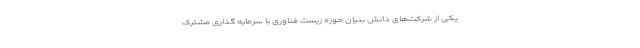
یکی از شرکت‌های دانش بنیان حوزه زیست فناوری با سرمایه گذاری مشترک